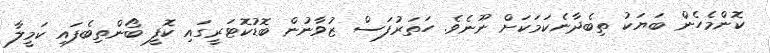
ކޮންމެހެން ބަޔަކު ތިބެދާނެކަމަކަށް ނޫނެވެ. ހަތަރުފަސް ޒުވާނުން ބޮޑުކޮޓަރީގައި ކޮފީ ބޯންތިބެފައި ކަމީލާ